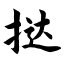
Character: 挞